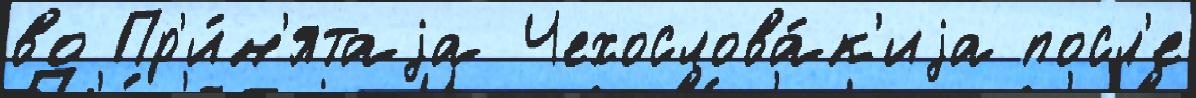
во Пр'и́н'ятаjа Чехослова́к'иjа посл'е